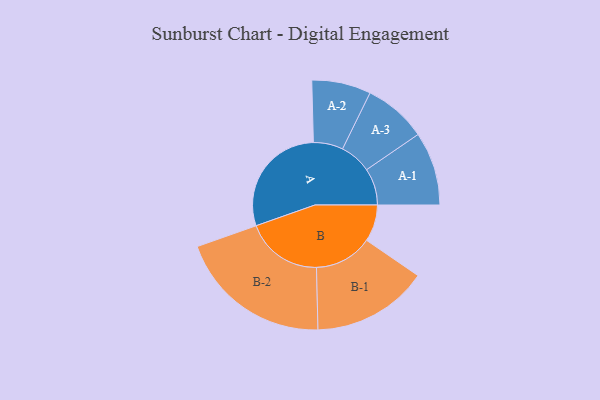
{"axis": {"x": "Segment", "y": "Value"}, "legend": ["", "A", "B"], "data": [{"x": "A", "y": 414, "type": ""}, {"x": "B", "y": 132, "type": ""}, {"x": "A-1", "y": 132, "type": "A"}, {"x": "A-2", "y": 106, "type": "A"}, {"x": "A-3", "y": 113, "type": "A"}, {"x": "B-1", "y": 208, "type": "B"}, {"x": "B-2", "y": 276, "type": "B"}]}